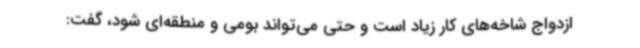
ازدواج شاخه‌های کار زیاد است و حتی می‌تواند بومی و منطقه‌ای شود، گفت: